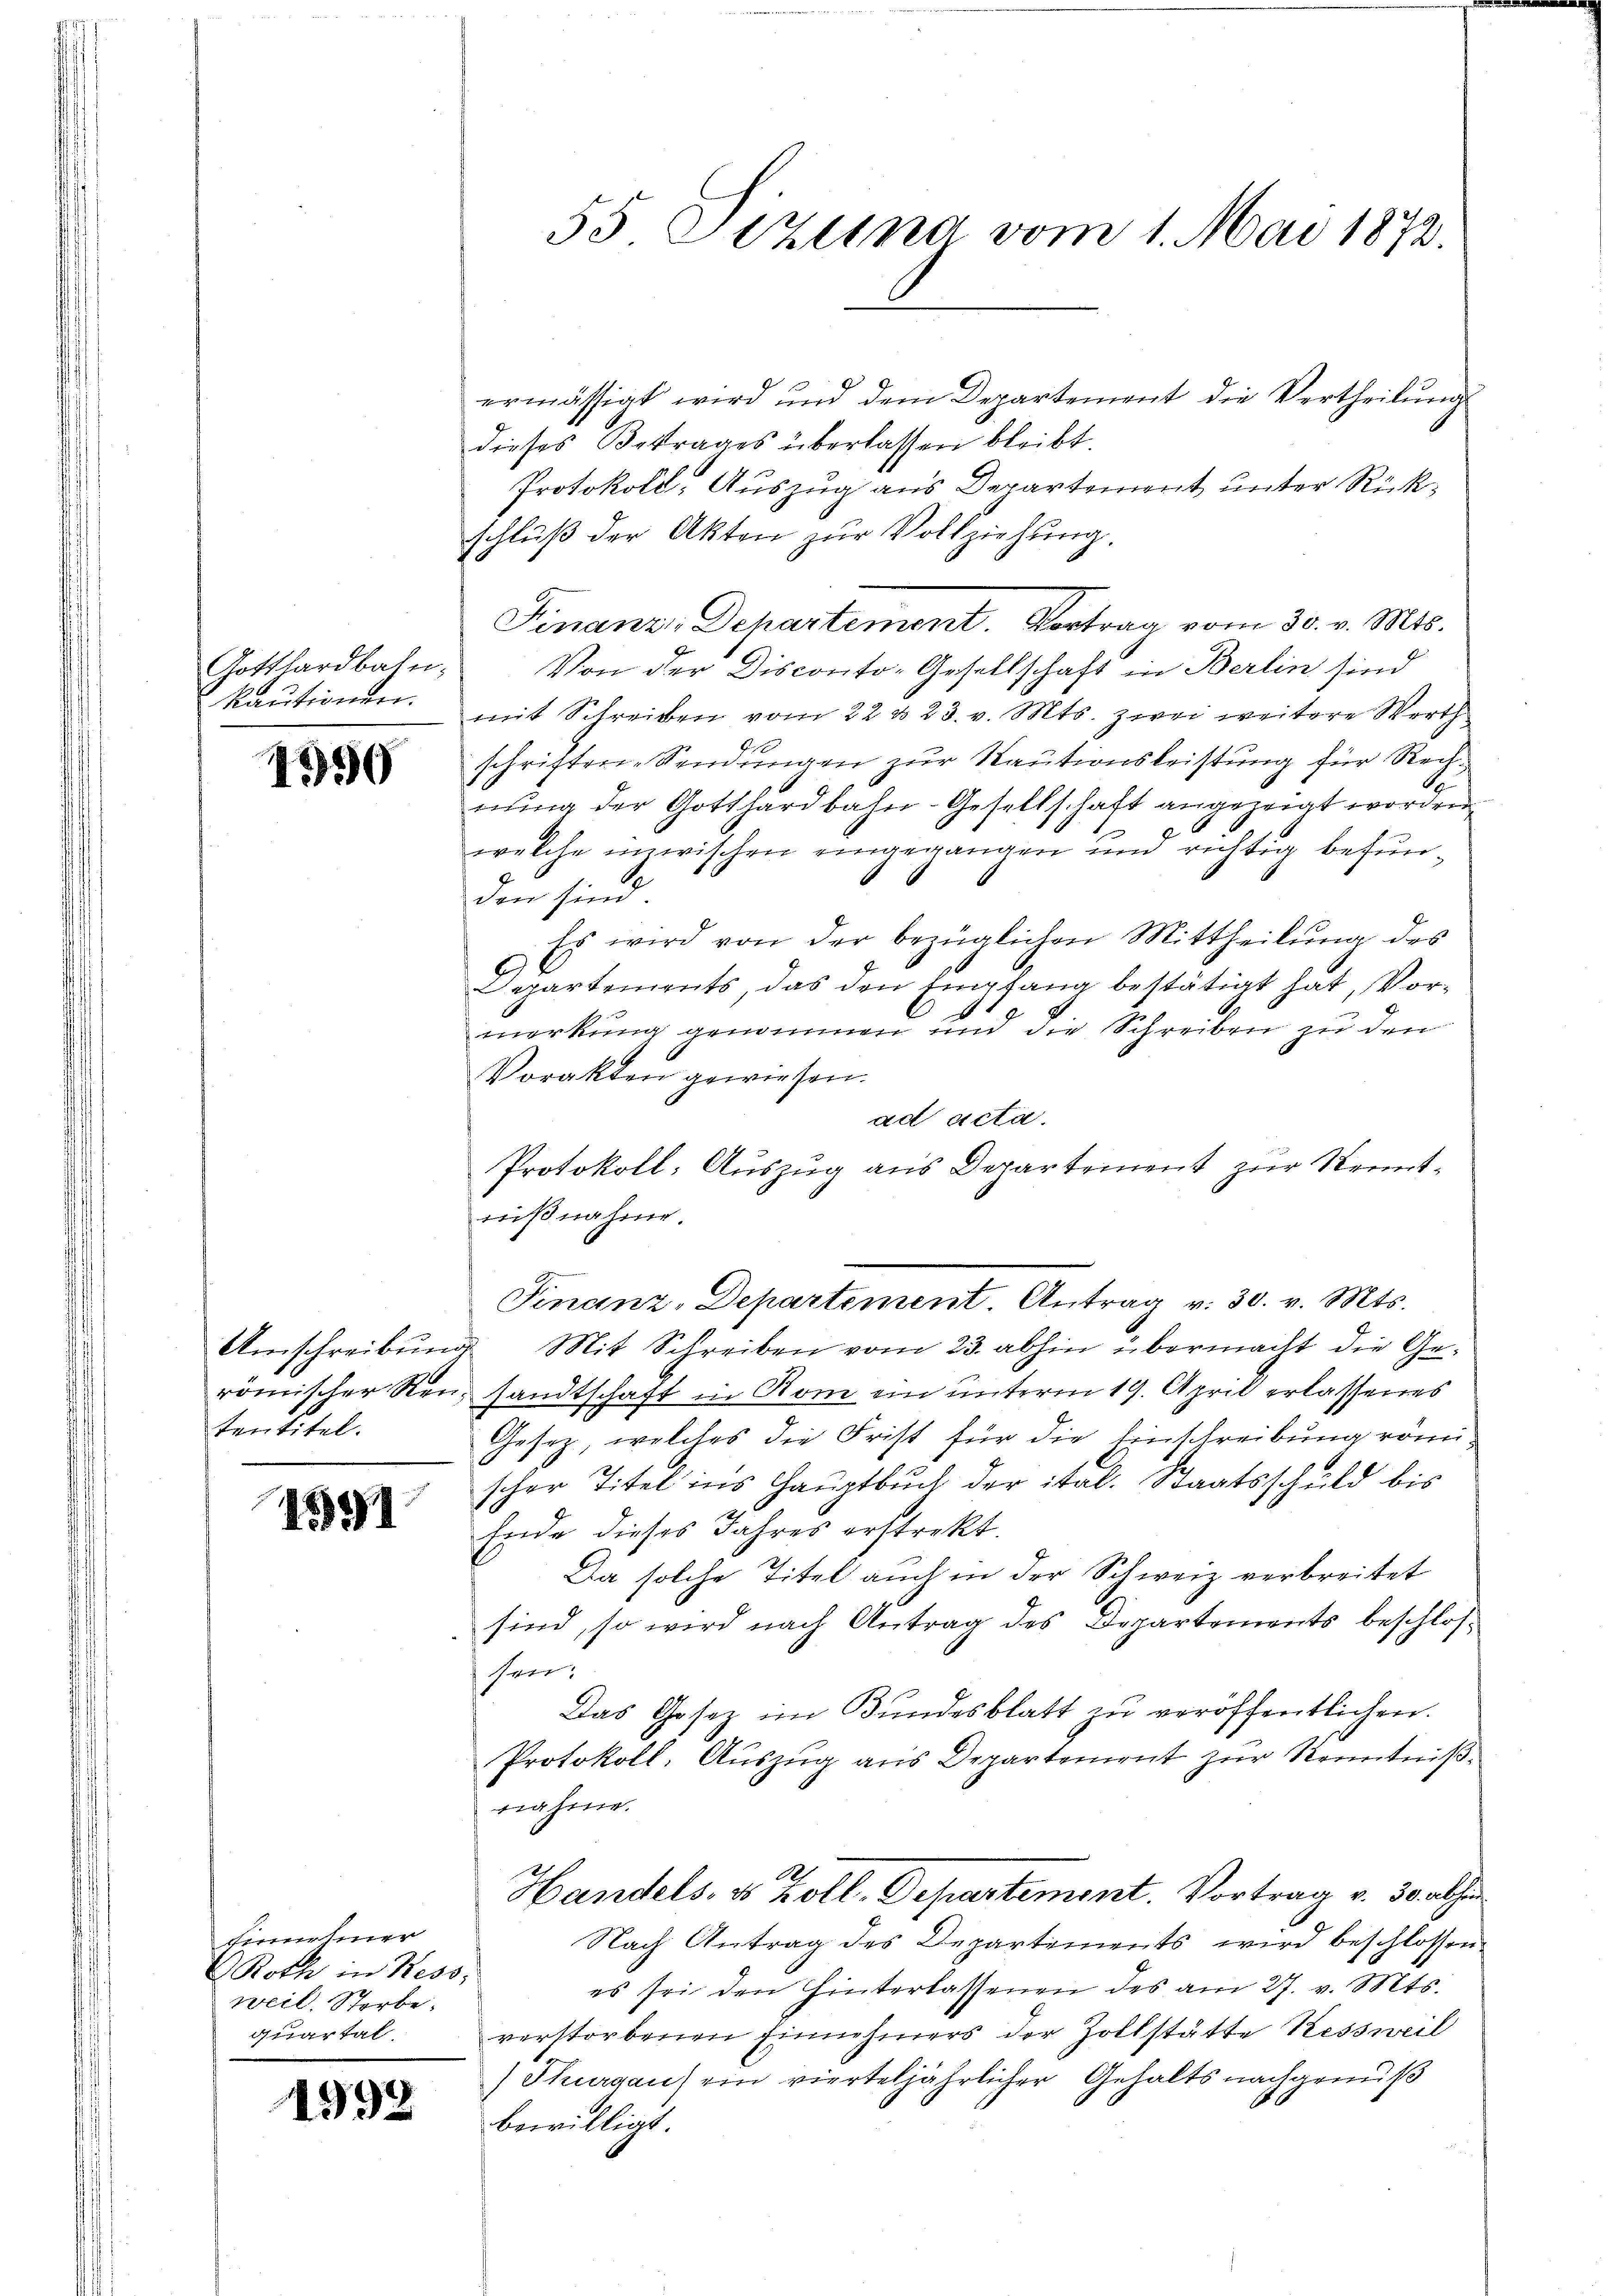
Gotthardbahn,
kautionen.

15

tentitel.

1591

Finnehmer
Roth in Reso
weil. Storbequartal

1992

ermässigt wird und dem Departement die Vertheilŭng
dieses Betrages überlassen bleibt.
Protokoll- Auszug aus Departement unter Rückschlŭβ der Akten zŭr Vollziehŭng.
Finanz, Departement. Vortrag vom 30. v. Mts.
Von der Disconto-Gesellschaft in Berlin sind
mit Schreiben vom 22 & 23. v. Mts. zwei weitere Werth
schriftene Sendungen zur Kautionsleistung für Rechnung der Gotthardbahn-Gesellschaft angezeigt worden
2
welche inzwischen eingegangen und richtig befunden sind
Es wird von der bezüglichen Mittheilŭng des
Departements, das den Empfang bestätigt hat, Vor-
merkung genommen und die Schreiben zu den
Vorakten gewiesen.
ad acta.
Protokoll- Auszug aus Departement zur Kenntnißnahme.
Finanz-Departement. Antrag v. 30. v. Mts.
Umschreibŭng Mit Schreiben vom 23. abhin übermacht die Ge-
römischer Ren, sandtschaft in Kom ein unterm 19. April erlassenes
Gesetz, welches die Frist für die Einschreibung römi
scher Titel ins Hauptbuch der ital. Staatsschuld bis
Ende dieses Jahres erstrekt.
Da solche Titel auch in der Schweiz verbreitet
sind, so wird nach Antrag des Departements beschlossen.
Das Gesetz im Bundesblatt zu veröffentlichen.
Protokoll, Auszug aus Departement zur Kenntnißnahme.
A
Handels, es koll. Departement. Vortrag v. 30. abhin
Nach Antrag des Departements wird beschlossen
es sei den hinterlassenen des am 27. v. Mts.
verstorbenen Einnehmers der Zollstätte Kessweil
Shurgau ein vierteljährlicher Gehalts nachgenuß
bewilligt.

55 Sizung vom 1. Mai 1872.